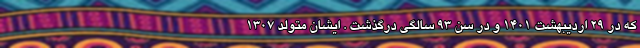
که در ۲۹ اردیبهشت ۱۴۰۱ و در سن ۹۳ سالگی درگذشت . ایشان متولد 1307